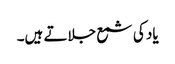
یاد کی شمع جلاتے ہیں۔